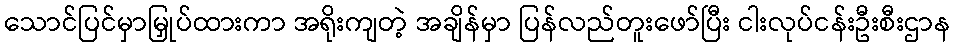
သောင်ပြင်မှာမြှုပ်ထားကာ အရိုးကျတဲ့ အချိန်မှာ ပြန်လည်တူးဖော်ပြီး ငါးလုပ်ငန်းဦးစီးဌာန